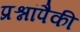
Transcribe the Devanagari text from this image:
प्रश्नांपैकी